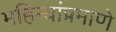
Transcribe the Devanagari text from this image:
महिन्यांप्रमाणे